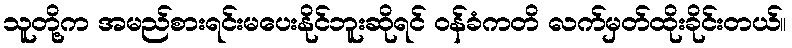
သူတို့က အမည်စားရင်းမပေးနိုင်ဘူးဆိုရင် ဝန်ခံကတိ လက်မှတ်ထိုးခိုင်းတယ်။